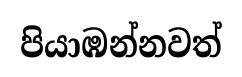
පියාඹන්නවත්